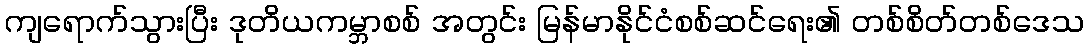
ကျရောက်သွားပြီး ဒုတိယကမ္ဘာစစ် အတွင်း မြန်မာနိုင်ငံစစ်ဆင်ရေး၏ တစ်စိတ်တစ်ဒေသ